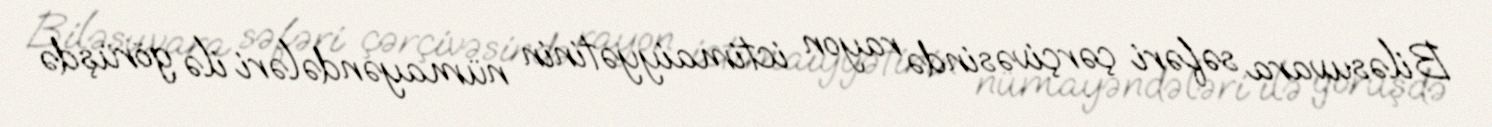
Biləsuvara səfəri çərçivəsində rayon ictimaiyyətinin nümayəndələri ilə görüşdə